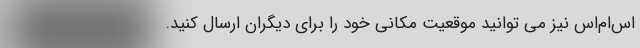
اس‌ام‌اس نیز می توانید موقعیت مکانی خود را برای دیگران ارسال کنید.